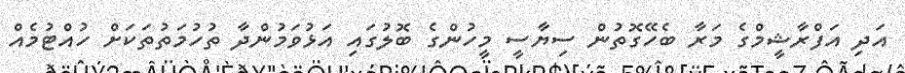
އަދި އަފްރާޝީމްގެ މަރާ ބެހޭގޮތުން ސިޔާސީ މީހުންގެ ބޮލުގައި އަޅުވަމުންދާ ތުހުމަތުތަކަށް ހުއްޓުމެއް